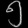
Digit: ၅